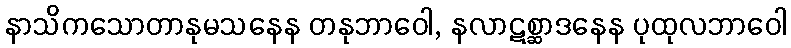
နာသိကသောတာနုမသနေန တနုဘာဝေါ, နလာဋစ္ဆာဒနေန ပုထုလဘာဝေါ